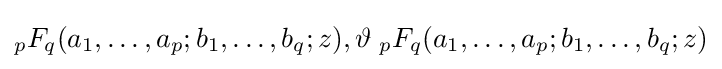
{}_{p}F_{q}(a_{1},\dots ,a_{p};b_{1},\dots ,b_{q};z),\vartheta \;{}_{p}F_{q}(a_{1},\dots ,a_{p};b_{1},\dots ,b_{q};z)